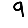
Digit: 9